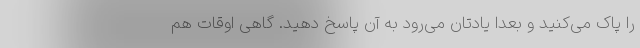
را پاک می‌کنید و بعدا یادتان می‌رود به آن پاسخ دهید. گاهی اوقات هم